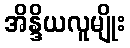
အိန္ဒိယလူမျိုး